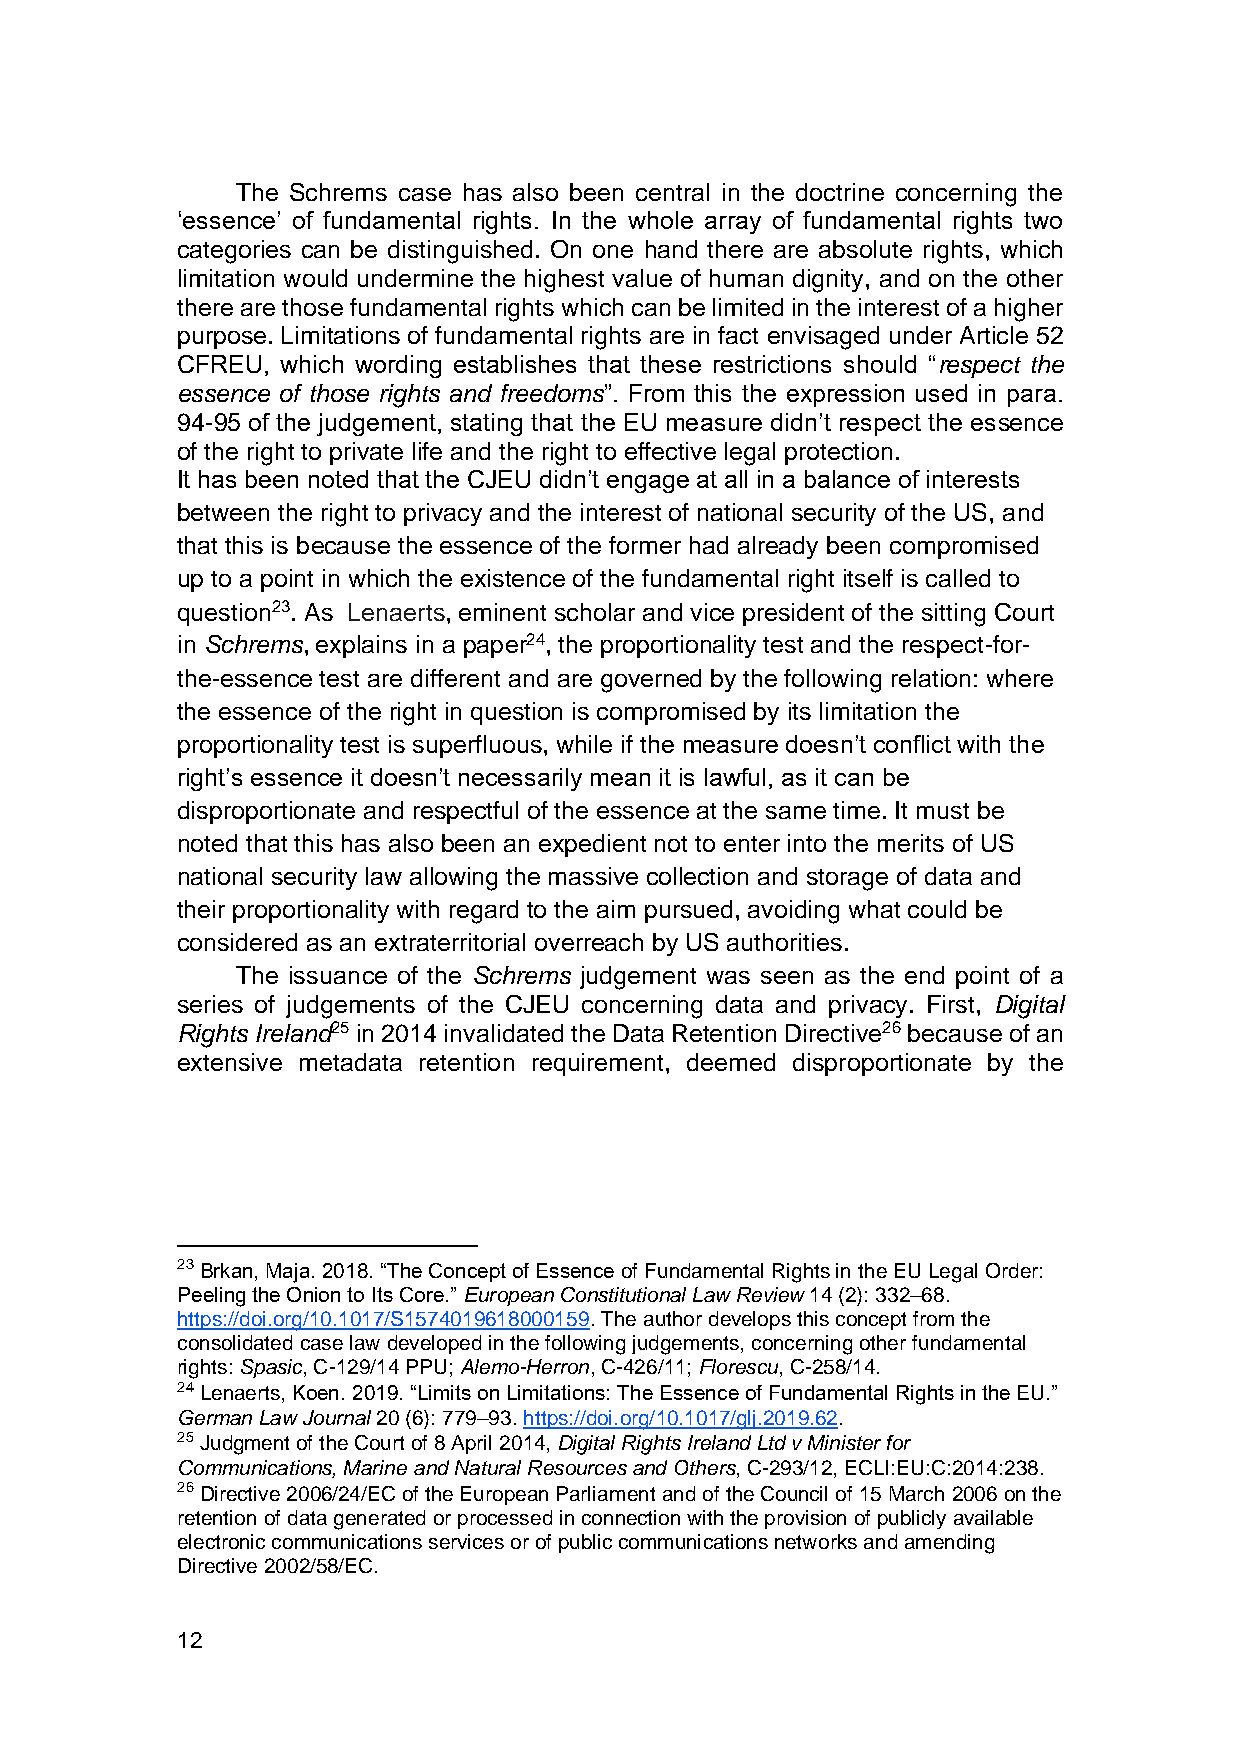
The Schrems case has also been central in the doctrine concerning the
 ‘essence’ of fundamental rights. In the whole array of fundamental rights two
 categories can be distinguished. On one hand there are absolute rights, which
 limitation would undermine the highest value of human dignity, and on the other
 there are those fundamental rights which can be limited in the interest of a higher
 purpose. Limitations of fundamental rights are in fact envisaged under Article 52
 CFREU, which wording establishes that these restrictions should “respect the
 essence of those rights and freedoms”. From this the expression used in para.
 94-95 of the judgement, stating that the EU measure didn’t respect the essence
 of the right to private life and the right to effective legal protection.
 It has been noted that the CJEU didn’t engage at all in a balance of interests
 between the right to privacy and the interest of national security of the US, and
 that this is because the essence of the former had already been compromised
 up to a point in which the existence of the fundamental right itself is called to
 question23. As Lenaerts, eminent scholar and vice president of the sitting Court
 in Schrems, explains in a paper24, the proportionality test and the respect-for-
 the-essence test are different and are governed by the following relation: where
 the essence of the right in question is compromised by its limitation the
 proportionality test is superfluous, while if the measure doesn’t conflict with the
 right’s essence it doesn’t necessarily mean it is lawful, as it can be
 disproportionate and respectful of the essence at the same time. It must be
 noted that this has also been an expedient not to enter into the merits of US
 national security law allowing the massive collection and storage of data and
 their proportionality with regard to the aim pursued, avoiding what could be
 considered as an extraterritorial overreach by US authorities.
 The issuance of the Schrems judgement was seen as the end point of a
 series of judgements of the CJEU concerning data and privacy. First, Digital
 Rights Ireland25 in 2014 invalidated the Data Retention Directive26 because of an
 extensive metadata retention requirement, deemed disproportionate by the
 23 Brkan, Maja. 2018. “The Concept of Essence of Fundamental Rights in the EU Legal Order:
 Peeling the Onion to Its Core.” European Constitutional Law Review 14 (2): 332–68.
 https://doi.org/10.1017/S1574019618000159. The author develops this concept from the
 consolidated case law developed in the following judgements, concerning other fundamental
 rights: Spasic, C-129/14 PPU; Alemo-Herron, C-426/11; Florescu, C-258/14.
 24 Lenaerts, Koen. 2019. “Limits on Limitations: The Essence of Fundamental Rights in the EU.”
 German Law Journal 20 (6): 779–93. https://doi.org/10.1017/glj.2019.62.
 25 Judgment of the Court of 8 April 2014, Digital Rights Ireland Ltd v Minister for
 Communications, Marine and Natural Resources and Others, C-293/12, ECLI:EU:C:2014:238.
 26 Directive 2006/24/EC of the European Parliament and of the Council of 15 March 2006 on the
 retention of data generated or processed in connection with the provision of publicly available
 electronic communications services or of public communications networks and amending
 Directive 2002/58/EC.
 12